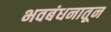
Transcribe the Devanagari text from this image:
भवबंधनातून